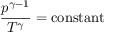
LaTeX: { \frac { p ^ { \gamma - 1 } } { T ^ { \gamma } } } = { \mathrm { c o n s t a n t } }